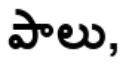
పాలు,